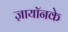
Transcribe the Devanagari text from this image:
ज़ायॉनके